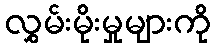
လွှမ်းမိုးမှုများကို